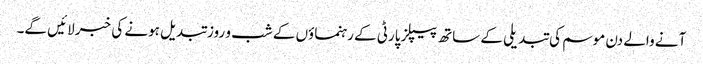
آنے والے دن موسم کی تبدیلی کے ساتھ پیپلز پارٹی کے رہنماؤں کے شب و روز تبدیل ہونے کی خبر لائیں گے۔